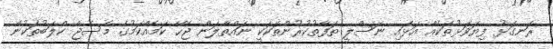
ރަނގަޅު ފިޔަވަޅުތަކެއް އަޅައި ނަސްލީ ތަފާތުކުރުންތަކަކީ ނައްތާލަން ޖެހޭ ކަމެއްކަމުގެ މެސެޖް ކްލަބުތަކުން